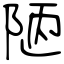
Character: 陋